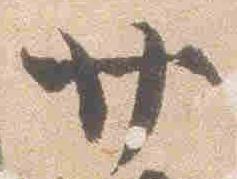
廿